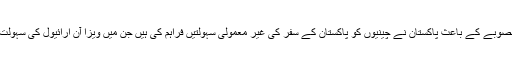
چین راہداری منصوبے کے باعث پاکستان نے چینیوں کو پاکستان کے سفر کی غیر معمولی سہولتیں فراہم کی ہیں جن میں ویزا آن ارائیول کی سہولت بھی شامل ہے۔